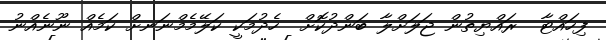
ފިހައްޓާ  ރައްޔިތުން ޖަލަށްލާ ބަންދުކޮށް  ހެދުމަކީ ކަލޭމެމްނަނށް ކަމެއް ނޫނެއްނު